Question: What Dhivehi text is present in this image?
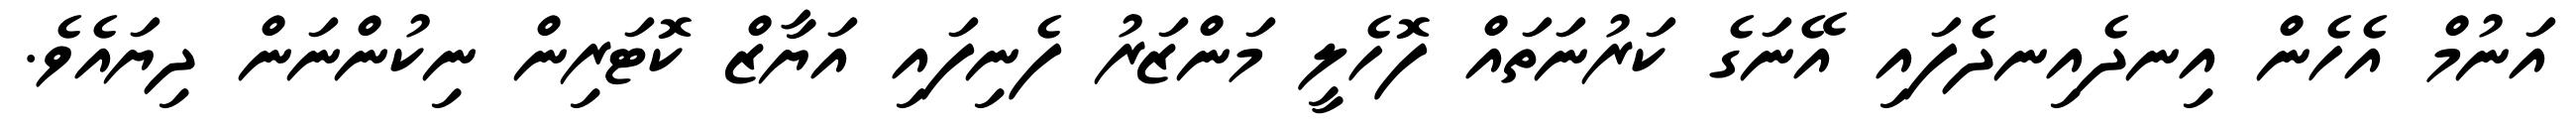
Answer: އަނުމް އެހެން އިނދެއިނދެފައި އޭނަގެ ކަރުނަތައް ފޮހެލީ މަންޒަރު ފެނިފައި އަޔާޒް ކޮޓަރިން ނިކުންނަން ދިޔައެވެ.